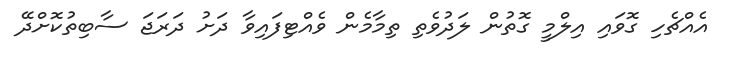
އެއްޗެހި ގޮވައި އިލްމީ ގޮތުން ލަދުވެތި ތިމާމެން ވެއްޓިފައިވާ ދަށު ދަރަޖަ ސާބިތުކޮށްދޭ